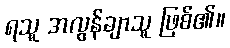
ရသူ အလွန်ချာသူ ဖြစ်၏။